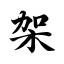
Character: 架